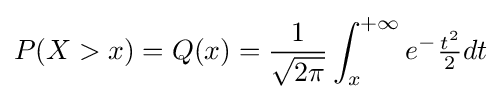
P(X>x)=Q(x)={\frac {1}{\sqrt {2\pi }}}\int _{x}^{+\infty }e^{-}{\tfrac {t^{2}}{2}}dt